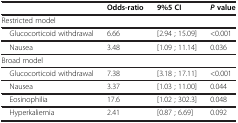
<table><thead><tr><td><b> </b></td><td><b>Odds-ratio</b></td><td><b>9%5CI</b></td><td><b><i>P</i>value</b></td></tr></thead><tbody><tr><td>Restricted model</td><td> </td><td> </td><td> </td></tr><tr><td> Glucocorticoid withdrawal</td><td>6.66</td><td>[2.94 ; 15.09]</td><td>&lt;0.001</td></tr><tr><td> Nausea</td><td>3.48</td><td>[1.09 ; 11.14]</td><td>0.036</td></tr><tr><td>Broad model</td><td> </td><td> </td><td> </td></tr><tr><td> Glucocorticoid withdrawal</td><td>7.38</td><td>[3.18 ; 17.11]</td><td>&lt;0.001</td></tr><tr><td> Nausea</td><td>3.37</td><td>[1.03 ; 11.00]</td><td>0.044</td></tr><tr><td> Eosinophilia</td><td>17.6</td><td>[1.02 ; 302.3]</td><td>0.048</td></tr><tr><td> Hyperkaliemia</td><td>2.41</td><td>[0.87 ; 6.69]</td><td>0.092</td></tr></tbody></table>